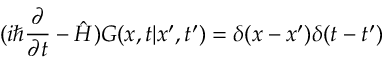
( i \hbar \frac { \partial } { \partial t } - \hat { H } ) G ( x , t | x ^ { \prime } , t ^ { \prime } ) = \delta ( x - x ^ { \prime } ) \delta ( t - t ^ { \prime } )